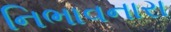
નિભાવનારા